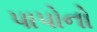
પાપોનો